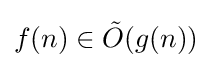
f(n)\in {\tilde {O}}(g(n))